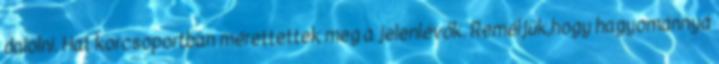
dalolni. Hat korcsoportban mérettettek meg a jelenlévők. Reméljük,hogy hagyománnyá